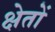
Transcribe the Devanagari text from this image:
क्षेतों